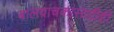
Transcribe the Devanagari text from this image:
बालवाचकांसाठीही